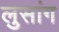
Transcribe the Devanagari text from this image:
लुसांग